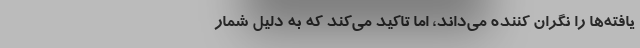
یافته‌ها را نگران کننده می‌داند، اما تاکید می‌کند که به دلیل شمار